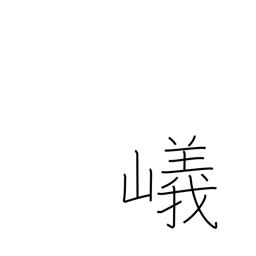
Meaning: steep